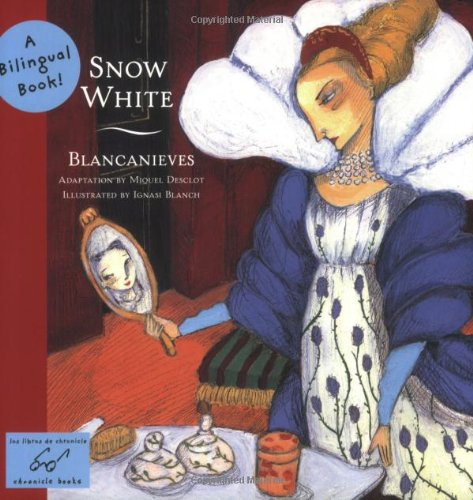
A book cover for Snow White/Blancanieves: A Bilingual Book (Bilingual Fairy Tales); Children's Books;